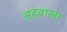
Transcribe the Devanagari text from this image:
अहवाला